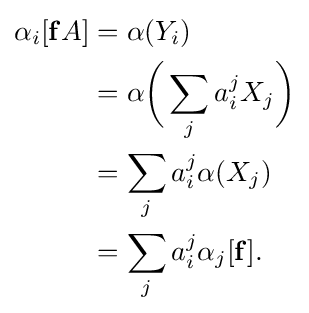
{\begin{aligned}\alpha _{i}[\mathbf {f} A]&=\alpha (Y_{i})\\&=\alpha {\biggl (}\sum _{j}a_{i}^{j}X_{j}{\biggr )}\\&=\sum _{j}a_{i}^{j}\alpha (X_{j})\\&=\sum _{j}a_{i}^{j}\alpha _{j}[\mathbf {f} ].\end{aligned}}